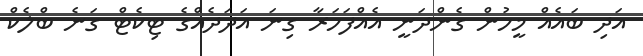
އަދި ބައެއް މީހުން ގެންދަނީ އެއްފަހަރާ ގިނަ އަދަދެއްގެ ޓިކެޓް ގަނެ ބްލެކް